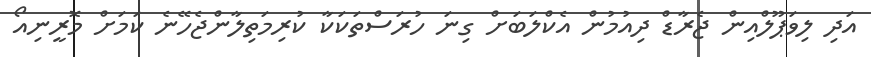
އަދި ލިވަޕޫލްއިން ޖެރާޑް ދިއުމުން އެކްލަބަށް ގިނަ ހުރަސްތަކަކާ ކުރިމަތިލާންޖެހޭނެ ކަމަށް މޮރީނިއޯ